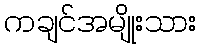
ကချင်အမျိုးသား